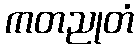
ကတညုတံ